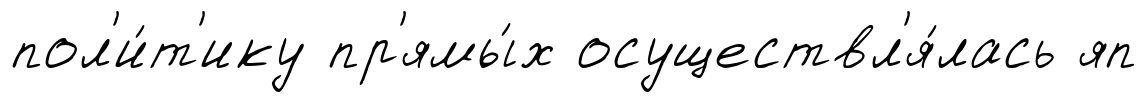
пол'и́т'ику пр'ямы́х осуществл'я́лась яп